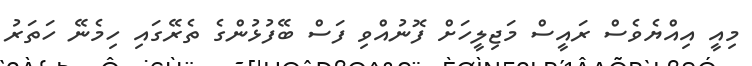
މިއީ އިއްޔެވެސް ރައީސް މަޖިލީހަށް ފޮނުއްވި ފަސް ބޭފުޅުންގެ ތެރޭގައި ހިމެނޭ ހަތަރު